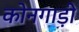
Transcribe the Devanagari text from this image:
कोनगाड़ी